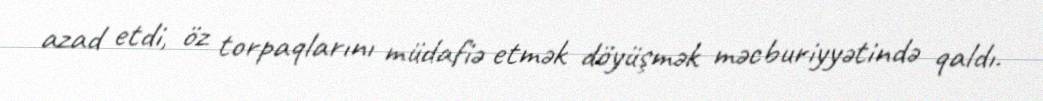
azad etdi, öz torpaqlarını müdafiə etmək döyüşmək məcburiyyətində qaldı.